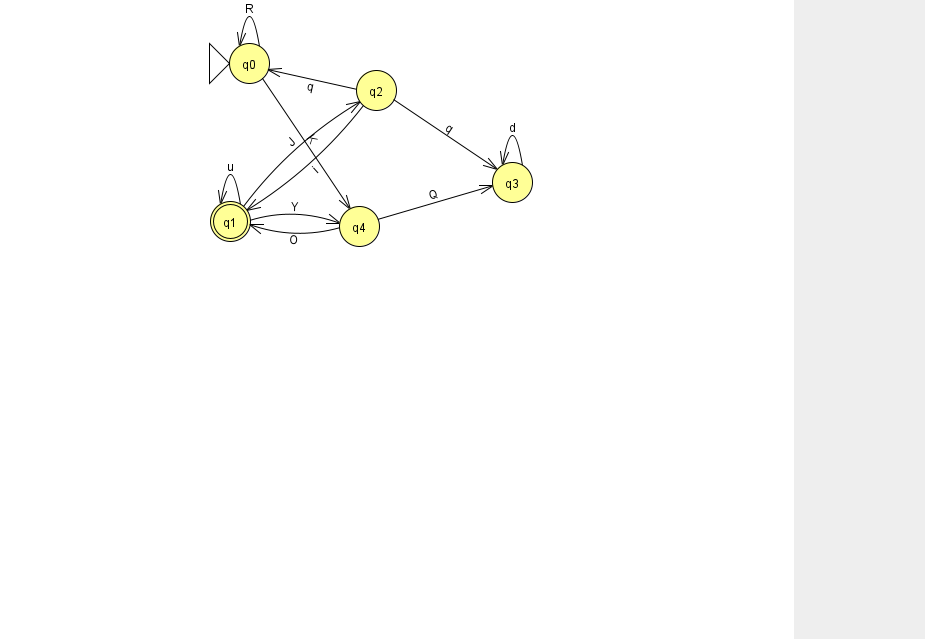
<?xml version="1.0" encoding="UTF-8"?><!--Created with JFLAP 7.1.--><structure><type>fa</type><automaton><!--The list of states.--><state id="0" name="q0"><x>249.0</x><y>50.0</y><initial/></state><state id="1" name="q1"><x>230.0</x><y>208.0</y><final/></state><state id="2" name="q2"><x>376.0</x><y>77.0</y></state><state id="3" name="q3"><x>512.0</x><y>169.0</y></state><state id="4" name="q4"><x>359.0</x><y>213.0</y></state><!--The list of transitions.--><transition><from>0</from><to>0</to><read>R</read></transition><transition><from>3</from><to>3</to><read>d</read></transition><transition><from>1</from><to>1</to><read>u</read></transition><transition><from>2</from><to>0</to><read>q</read></transition><transition><from>4</from><to>1</to><read>O</read></transition><transition><from>4</from><to>3</to><read>Q</read></transition><transition><from>2</from><to>1</to><read>i</read></transition><transition><from>1</from><to>2</to><read>J</read></transition><transition><from>0</from><to>4</to><read>K</read></transition><transition><from>1</from><to>4</to><read>Y</read></transition><transition><from>2</from><to>3</to><read>q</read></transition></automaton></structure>